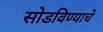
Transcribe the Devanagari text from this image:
सोडविण्याचे